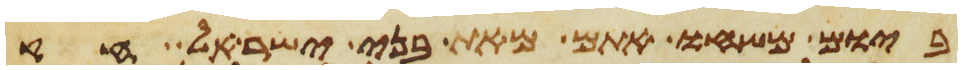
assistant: ביום משחו אתם מאת בני ישראל חק